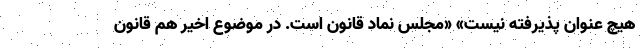
هیچ عنوان پذیرفته نیست» «مجلس نماد قانون است. در موضوع اخیر هم قانون